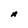
Character: A